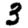
Digit: 3